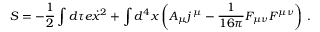
S = - \frac 1 2 \int d \tau e \dot { x } ^ { 2 } + \int d ^ { 4 } x \left( A _ { \mu } j \, { } ^ { \mu } - \frac { 1 } { 1 6 \pi } F _ { \mu \nu } F ^ { \mu \nu } \right) \, .